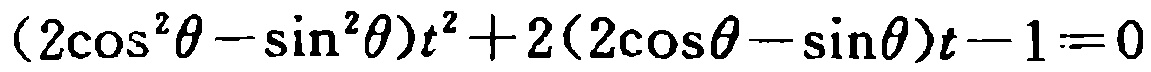
\((2\cos^{2}\theta-\sin^{2}\theta)t^{2}+2(2\cos\theta - \sin\theta)t - 1 = 0\)